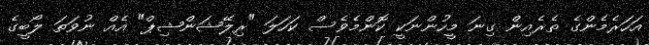
އަހަރެމެންގެ ތެރެއިން ގިނަ މީހުންނަކީ ކޮންމެވެސް ކަހަލަ "ރިލޭޝަންޝިޕް" އެއް ނުވަތަ ލޯބީގެ